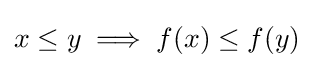
x\leq y\implies f(x)\leq f(y)